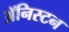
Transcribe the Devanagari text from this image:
ॲनिस्टन